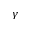
\gamma